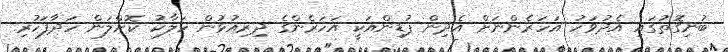
ބުނިގޮތުގައި އެދުވަހު އަހަރެންނަށް އެދިން ޕުޑިންއަކީ އަހަރެންގެ ދިރިއުޅުން ހަލާކު ކޮށްލަން ހަދާފަހުރި